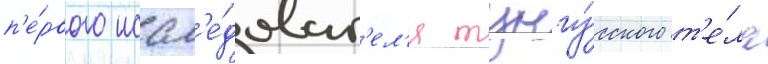
п'е́рвого иссл'е́доват'ел'я тунгу́сского т'е́ла